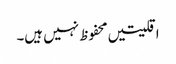
اقلیتیں محفوظ نہیں ہیں۔